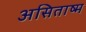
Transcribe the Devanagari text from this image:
असिताष्म